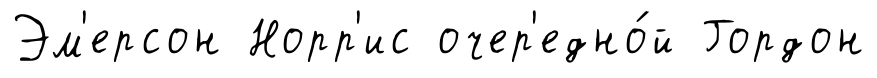
Эм'ерсон Норр'ис очер'едно́й Гордон